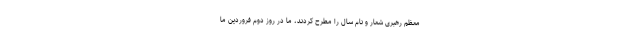
معظم رهبری شعار و نام سال را مطرح کردند، ما در روز دوم فروردین ما